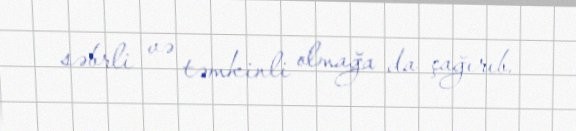
səbrli və təmkinli olmağa da çağırıb.